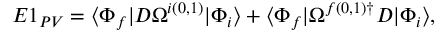
\begin{array} { r } { E 1 _ { P V } = \langle \Phi _ { f } | D \Omega ^ { i ( 0 , 1 ) } | \Phi _ { i } \rangle + \langle \Phi _ { f } | \Omega ^ { f ( 0 , 1 ) \dagger } D | \Phi _ { i } \rangle , } \end{array}